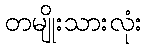
တမျိုးသားလုံး